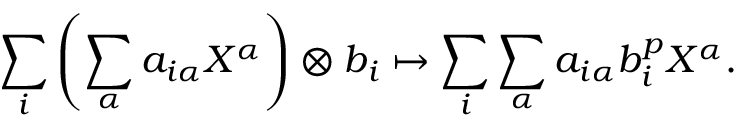
\sum _ { i } \left( \sum _ { \alpha } a _ { i \alpha } X ^ { \alpha } \right) \otimes b _ { i } \mapsto \sum _ { i } \sum _ { \alpha } a _ { i \alpha } b _ { i } ^ { p } X ^ { \alpha } .